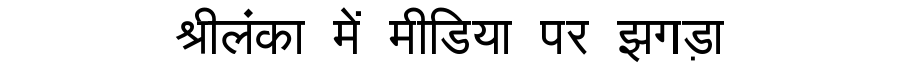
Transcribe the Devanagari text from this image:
श्रीलंका में मीडिया पर झगड़ा